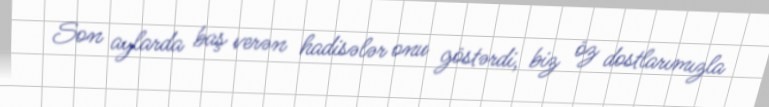
Son aylarda baş verən hadisələr onu göstərdi, biz öz dostlarımızla